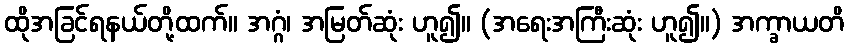
ထိုအခြင်ရနယ်တို့ထက်။ အဂ္ဂံ၊ အမြတ်ဆုံး ဟူ၍။ (အရေးအကြီးဆုံး ဟူ၍။) အက္ခာယတိ